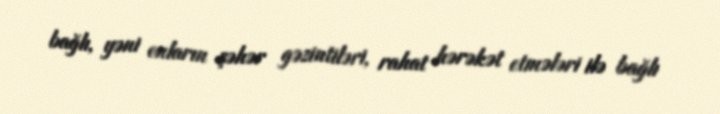
bağlı, yəni onların şəhər gəzintiləri, rahat hərəkət etmələri ilə bağlı